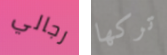
رجالي تركها